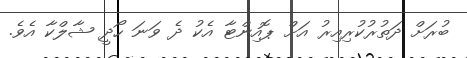
ބުރަށް ދަތުރުކުރިއިރު އަށް ޕޮއިންޓާ އެކު ދެ ވަނަ ހޯދީ ޝާލްކާ އެވެ.